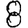
Digit: 8